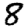
Digit: 8